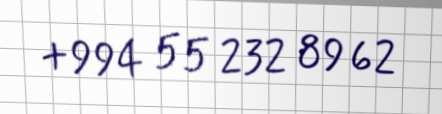
+994 55 232 89 62